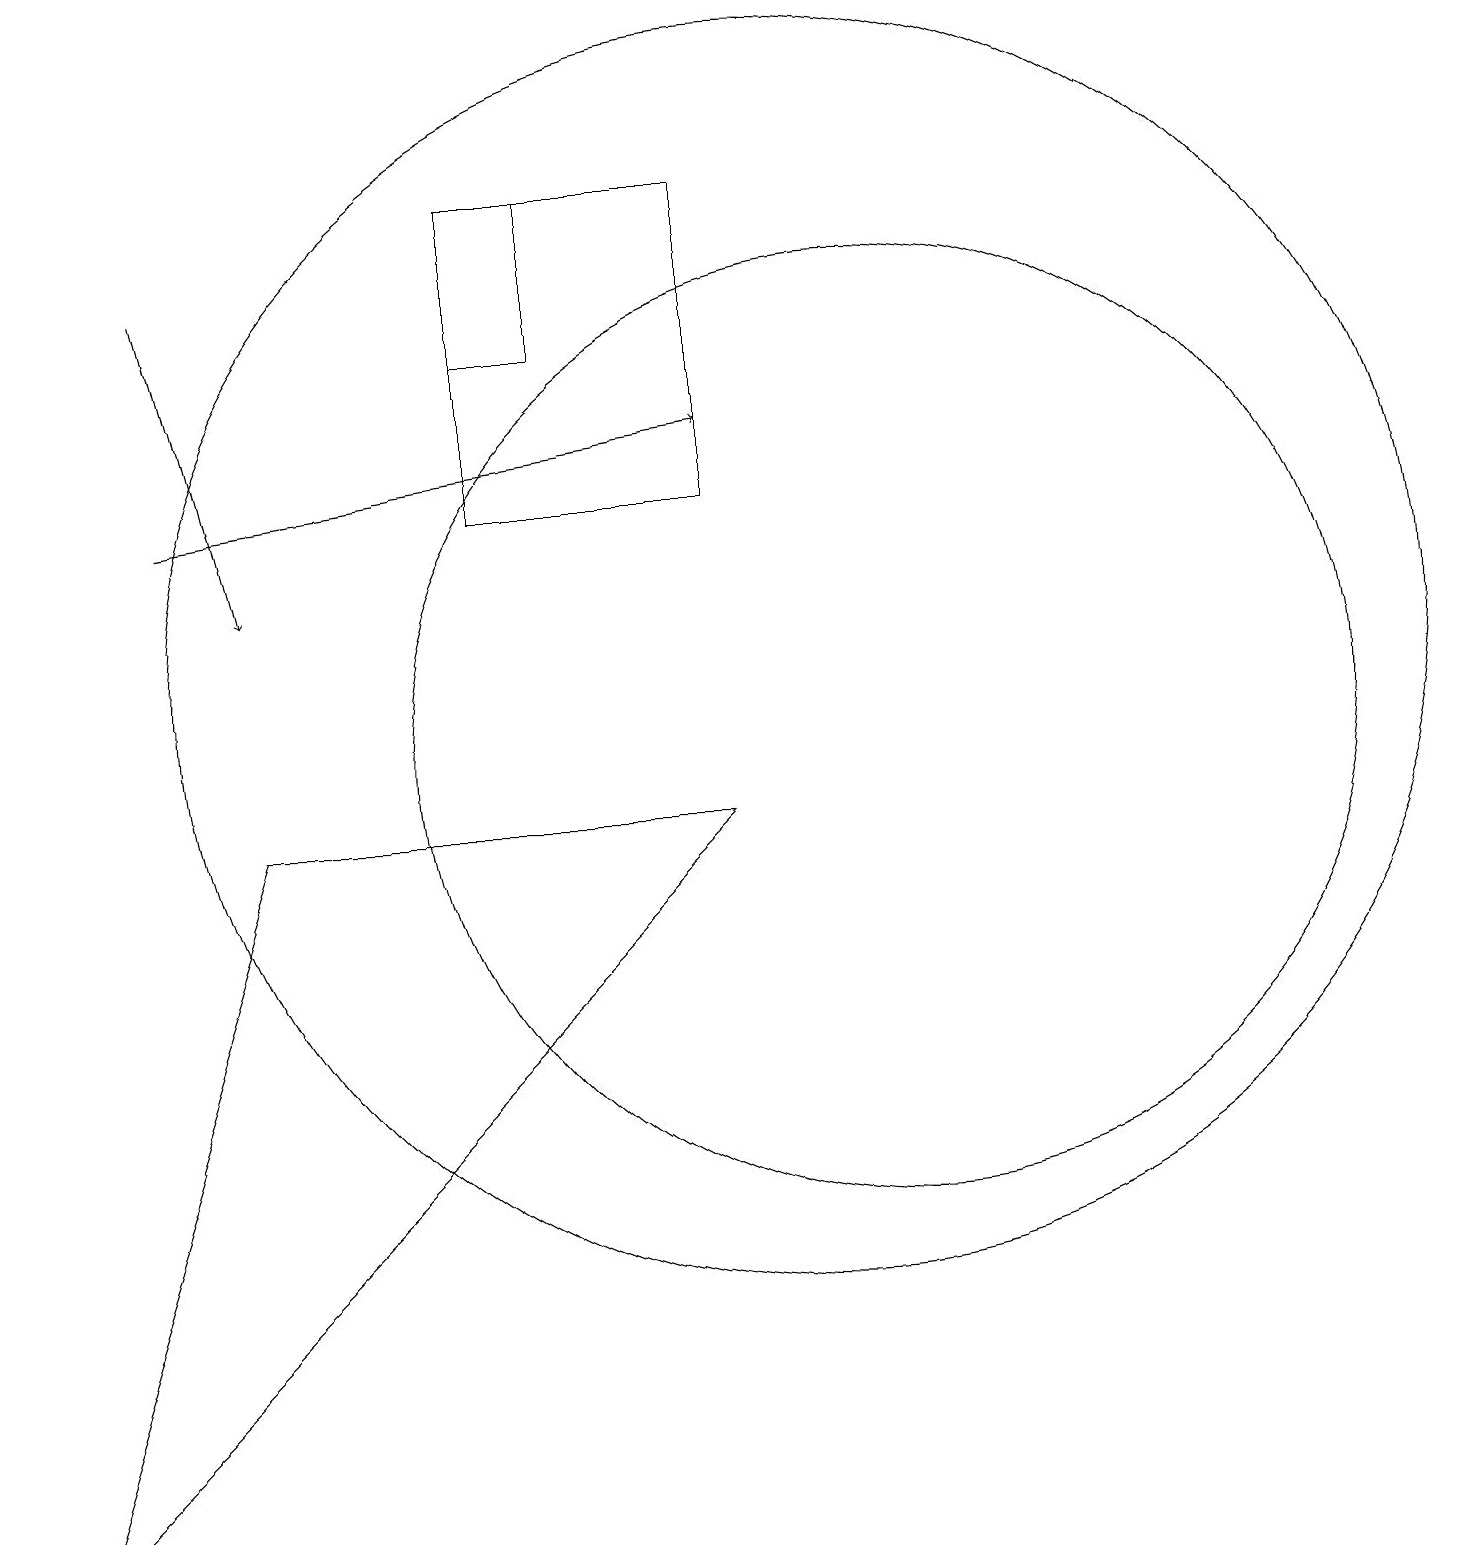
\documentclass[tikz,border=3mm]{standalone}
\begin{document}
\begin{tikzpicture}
\draw (3,9) -- (9,9) -- (0,0) -- cycle;
\draw (11,10) circle (6);
\draw (7,15) rectangle (6,17);
\draw (10,11) circle (8);
\draw[->] (2,13) -- (9,14);
\draw[->] (2,16) -- (3,12);
\draw (6,17) rectangle (9,13);
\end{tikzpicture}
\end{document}